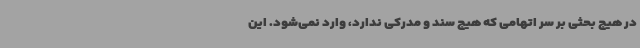
در هیچ بحثی بر سر اتهامی که هیچ سند و مدرکی ندارد، وارد نمی‌شود. این